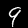
Label: 9